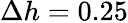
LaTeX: \Delta h=0.25